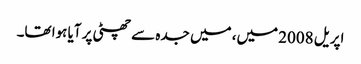
اپریل 2008 میں، میں جدہ سے چھٹی پر آیا ہوا تھا۔